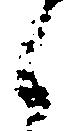
之